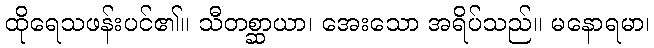
ထိုရေသဖန်းပင်၏။ သီတစ္ဆာယာ၊ အေးသော အရိပ်သည်။ မနောရမာ၊